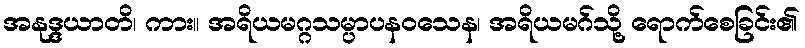
အနုဒ္ဒယာတိ၊ ကား။ အရိယမဂ္ဂသမ္ပာပနဝသေန၊ အရိယမဂ်သို့ ရောက်စေခြင်း၏